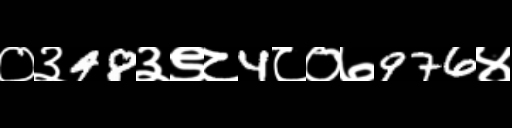
Text: ०३48३९८4८०७976४